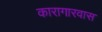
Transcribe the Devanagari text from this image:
कारागारवास